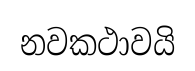
නවකථාවයි